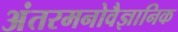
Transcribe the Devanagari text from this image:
अंतरमनोवैज्ञानिक